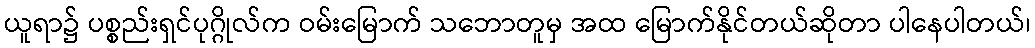
ယူရာ၌ ပစ္စည်းရှင်ပုဂ္ဂိုလ်က ဝမ်းမြောက် သဘောတူမှ အထ မြောက်နိုင်တယ်ဆိုတာ ပါနေပါတယ်၊